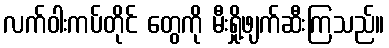
လက်ဝါးကပ်တိုင် တွေကို မီးရှို့ဖျက်ဆီးကြသည်။